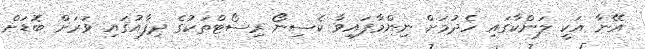
އޭނާ އަކީ ލަންކާގައި ހެދުމަށް ނިންމާފައިވާ ކެސިނޯ ރިސޯޓްތަކުގެ ދިފާއުގައި ވަރަށް ބޮޑަށް